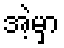
အဲ့မှာ